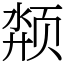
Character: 颒